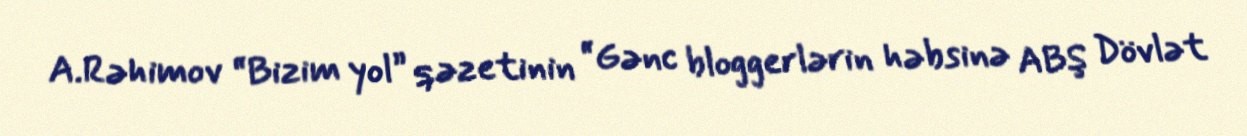
A.Rəhimov “Bizim yol” qəzetinin “Gənc bloggerlərin həbsinə ABŞ Dövlət